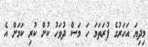
މިދިޔަ އަހަރުގެ ފުރަތަމަ ހަ މަސް ދުވަހު ކުށް ކުރި ކަމަށް އެ